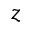
z